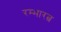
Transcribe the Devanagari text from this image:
रम्भारत्न